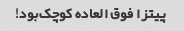
پیتزا فوق العاده کوچک‌بود!